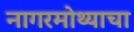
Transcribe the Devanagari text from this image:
नागरमोथ्याचा